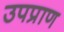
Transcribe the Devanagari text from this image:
उपप्राण